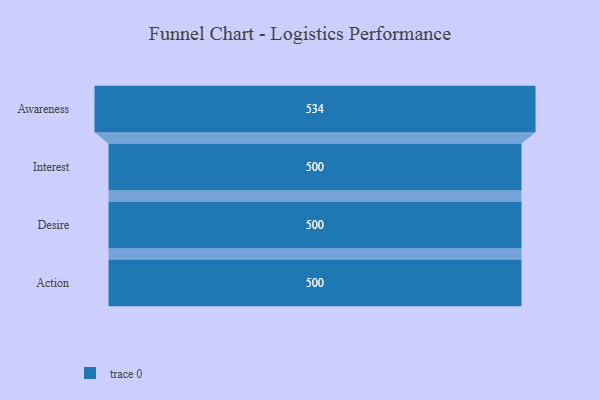
{"axis": {"x": "Stage", "y": "Value"}, "legend": [""], "data": [{"x": "Awareness", "y": 534.0, "type": ""}, {"x": "Interest", "y": 500, "type": ""}, {"x": "Desire", "y": 500, "type": ""}, {"x": "Action", "y": 500, "type": ""}]}